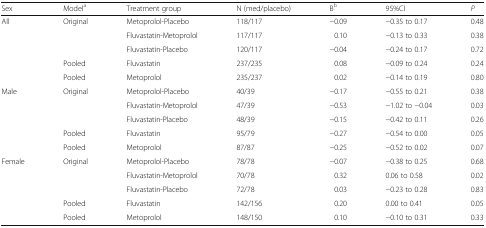
| Sex | Modela | Treatment group | N (med/placebo) | Bb | 95%CI | P |
 | --- | --- | --- | --- | --- | --- | --- |
 | All | Original | Metoprolol-Placebo | 118/117 | −0.09 | −0.35 to 0.17 | 0.48 |
 |  |  | Fluvastatin-Metoprolol | 117/117 | 0.10 | −0.13 to 0.33 | 0.38 |
 |  |  | Fluvastatin-Placebo | 120/117 | −0.04 | −0.24 to 0.17 | 0.72 |
 |  | Pooled | Fluvastatin | 237/235 | 0.08 | −0.09 to 0.24 | 0.24 |
 |  | Pooled | Metoprolol | 235/237 | 0.02 | −0.14 to 0.19 | 0.80 |
 | Male | Original | Metoprolol-Placebo | 40/39 | −0.17 | −0.55 to 0.21 | 0.38 |
 |  |  | Fluvastatin-Metoprolol | 47/39 | −0.53 | −1.02 to −0.04 | 0.03 |
 |  |  | Fluvastatin-Placebo | 48/39 | −0.15 | −0.42 to 0.11 | 0.26 |
 |  | Pooled | Fluvastatin | 95/79 | −0.27 | −0.54 to 0.00 | 0.05 |
 |  | Pooled | Metoprolol | 87/87 | −0.25 | −0.52 to 0.02 | 0.07 |
 | Female | Original | Metoprolol-Placebo | 78/78 | −0.07 | −0.38 to 0.25 | 0.68 |
 |  |  | Fluvastatin-Metoprolol | 70/78 | 0.32 | 0.06 to 0.58 | 0.02 |
 |  |  | Fluvastatin-Placebo | 72/78 | 0.03 | −0.23 to 0.28 | 0.83 |
 |  | Pooled | Fluvastatin | 142/156 | 0.20 | 0.00 to 0.41 | 0.05 |
 |  | Pooled | Metoprolol | 148/150 | 0.10 | −0.10 to 0.31 | 0.33 |